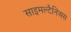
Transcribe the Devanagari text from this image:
साइमल्टैनिअस